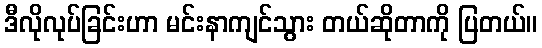
ဒီလိုလုပ်ခြင်းဟာ မင်းနာကျင်သွား တယ်ဆိုတာကို ပြတယ်။